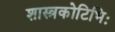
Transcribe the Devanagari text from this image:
शास्त्रकोटिभिः